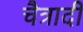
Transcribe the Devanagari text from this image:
चैत्रादी